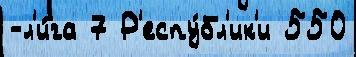
-л'и́га 7 Р'еспу́бл'ик'и 550